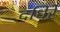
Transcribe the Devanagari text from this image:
दधिरे